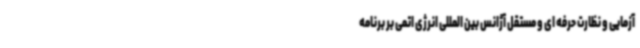
آزمایی و نظارت حرفه ای و مستقل آژانس بین المللی انرژی اتمی بر برنامه